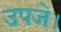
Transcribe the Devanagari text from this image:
उपजे।